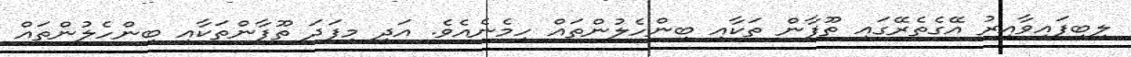
ލިބިފައިވާއިރު އޭގެތެރޭގައި ތޫފާން ތަކާއި ބިންހެލުންތައް ހިމެނެއެވެ. އަދި މިފަދަ ތޫފާންތަކާއި ބިންހެލުންތައް